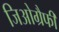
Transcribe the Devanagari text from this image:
जिओग्रैफी